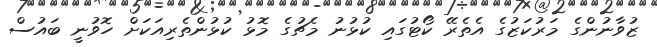
ޒުވާނުންގެ މަރުކަޒުގެ އެތެރޭ ކޯޓުގައި ކުޅުނު މެޗުގެ މޮޅު ކުޅުންތެރިއަކަށް ހޮވުނީ ބައުސް